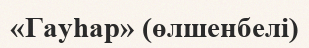
«Гауһар» (өлшенбелі)